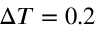
\Delta T = 0 . 2